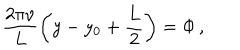
\frac { 2 \pi \nu } { L } \left( y - y _ { 0 } + \frac { L } { 2 } \right) = \Phi \, ,